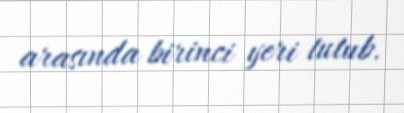
arasında birinci yeri tutub.